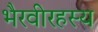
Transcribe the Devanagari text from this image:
भैरवीरहस्य